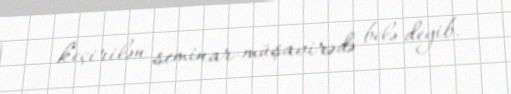
keçirilən seminar-müşavirədə belə deyib.